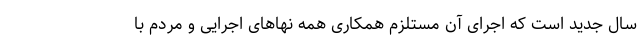
سال جدید است که اجرای آن مستلزم همکاری همه نهاهای اجرایی و مردم با